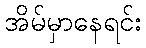
အိမ်မှာနေရင်း